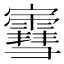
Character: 𫴤